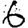
Digit: 6